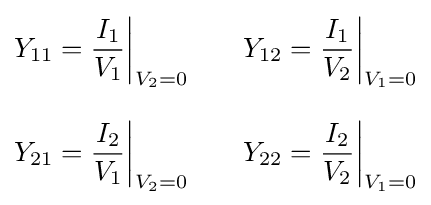
{\begin{aligned}Y_{11}&={I_{1} \over V_{1}}{\bigg |}_{V_{2}=0}\qquad Y_{12}={I_{1} \over V_{2}}{\bigg |}_{V_{1}=0}\\[8pt]Y_{21}&={I_{2} \over V_{1}}{\bigg |}_{V_{2}=0}\qquad Y_{22}={I_{2} \over V_{2}}{\bigg |}_{V_{1}=0}\end{aligned}}